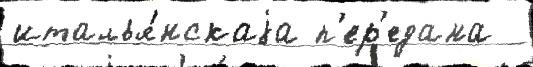
италья́нскаjа п'ер'едана